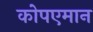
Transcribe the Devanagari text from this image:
कोपएमान